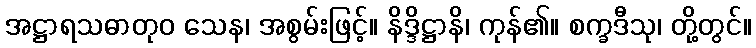
အဋ္ဌာရသဓာတုဝ သေန၊ အစွမ်းဖြင့်။ နိဒ္ဒိဋ္ဌာနိ၊ ကုန်၏။ စက္ခဒီသု၊ တို့တွင်။